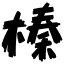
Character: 榛